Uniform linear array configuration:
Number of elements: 32
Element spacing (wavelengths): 1
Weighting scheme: exponential
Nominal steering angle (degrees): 15
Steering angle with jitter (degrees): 13.005
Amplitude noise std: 0.05
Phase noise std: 0.05

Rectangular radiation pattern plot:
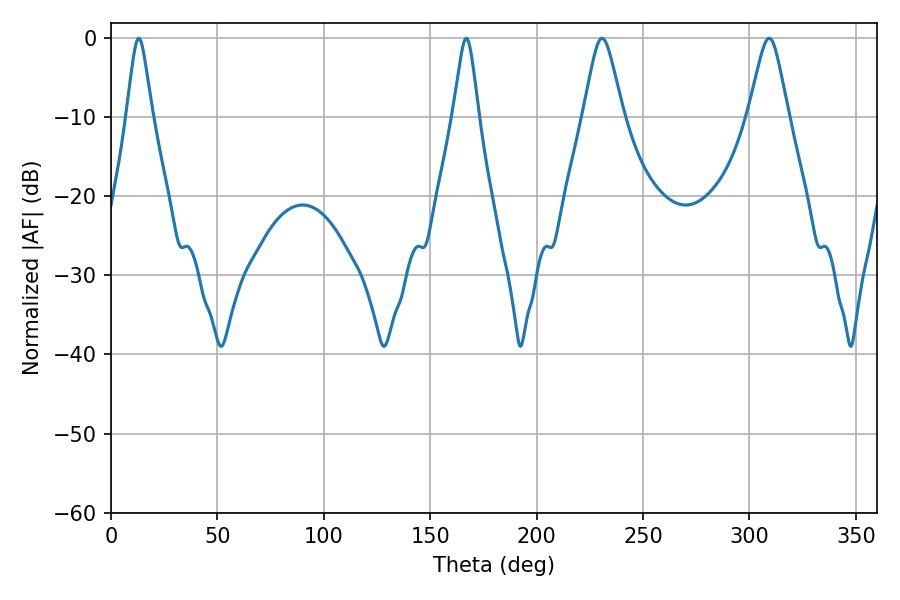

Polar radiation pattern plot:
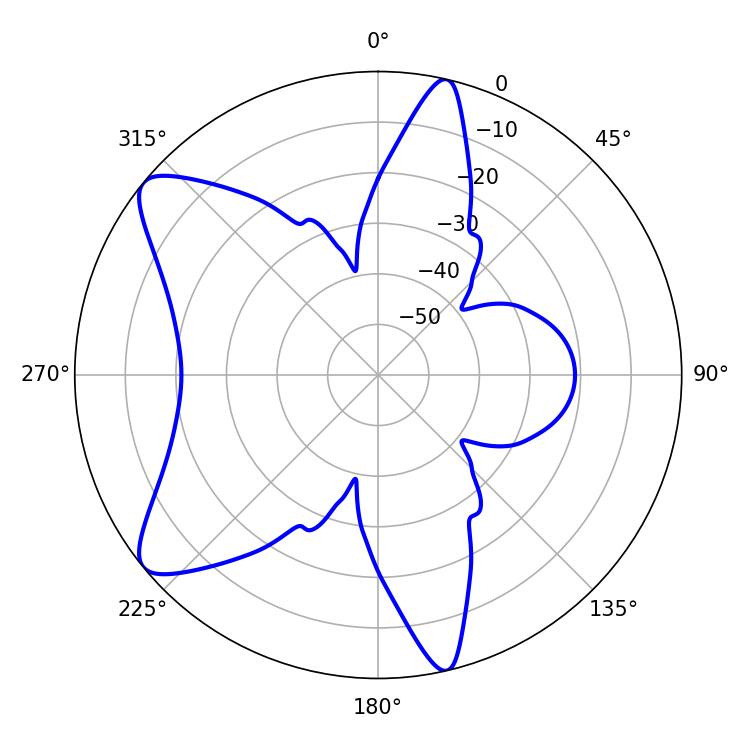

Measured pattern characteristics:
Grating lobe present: TRUE
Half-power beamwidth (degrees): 8.82
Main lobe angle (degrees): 230.76